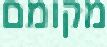
מקומם